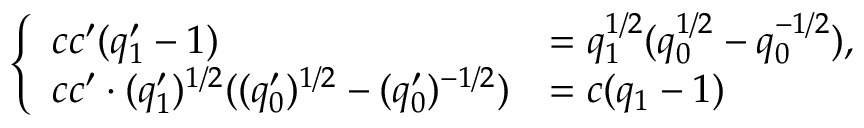
\begin{array} { r } { \left\{ \begin{array} { l l } { c c ^ { \prime } ( q _ { 1 } ^ { \prime } - 1 ) } & { = q _ { 1 } ^ { 1 / 2 } ( q _ { 0 } ^ { 1 / 2 } - q _ { 0 } ^ { - 1 / 2 } ) , } \\ { c c ^ { \prime } \cdot ( q _ { 1 } ^ { \prime } ) ^ { 1 / 2 } ( ( q _ { 0 } ^ { \prime } ) ^ { 1 / 2 } - ( q _ { 0 } ^ { \prime } ) ^ { - 1 / 2 } ) } & { = c ( q _ { 1 } - 1 ) } \end{array} \right. } \end{array}